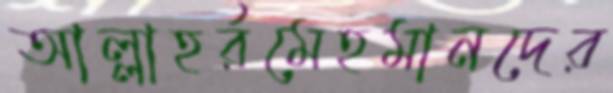
আল্লাহর্রমেহমানদের